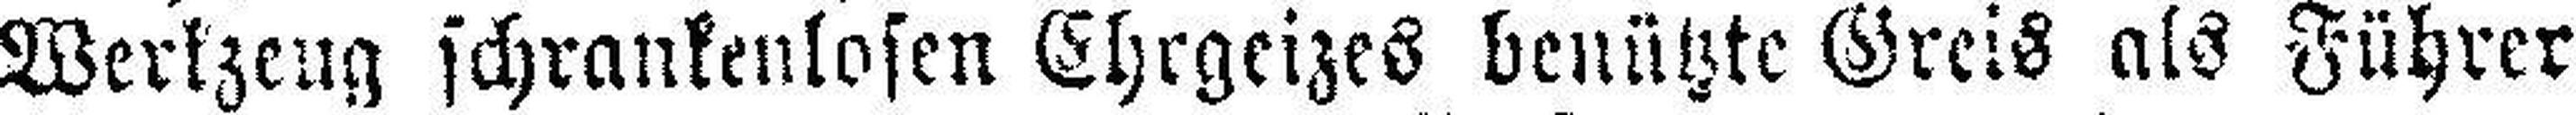
Werkzeug schrankenlosen Ehrgeizes benützte Greis als Führer